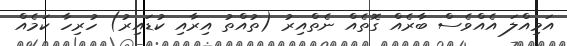
އަމިއްލަ އެއްވެސް ބާރެއް ގޮތެއް ނެތްއިރު (ތުއްތު އިރާއި ކުޑައިރު) ހުރިހާ ކަމެއް